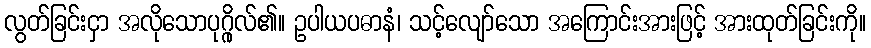
လွတ်ခြင်းငှာ အလိုသောပုဂ္ဂိုလ်၏။ ဥပါယပဓာနံ၊ သင့်လျော်သော အကြောင်းအားဖြင့် အားထုတ်ခြင်းကို။